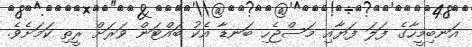
އަނބިމީހާގެ ފަލަ ފަޔާއި މަސްޖެހި ބަނޑާ އެކު ބައްޓަން ވަރަށް ރީތި ކަމަށެވެ.